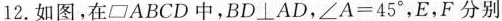
12.如图，在\parallelogram ABCD中，$$BD\bot AD$$，$$\angle A=45^{\circ}$$，E，F分别